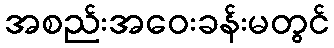
အစည်းအဝေးခန်းမတွင်